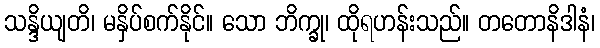
သန္ဒိယျတိ၊ မနှိပ်စက်နိုင်။ သော ဘိက္ခု၊ ထိုရဟန်းသည်။ တတောနိဒါနံ၊